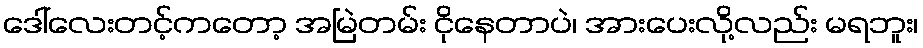
ဒေါ်လေးတင့်ကတော့ အမြဲတမ်း ငိုနေတာပဲ၊ အားပေးလို့လည်း မရဘူး၊